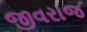
જીવરાજ